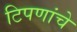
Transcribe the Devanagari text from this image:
टिपणांचे